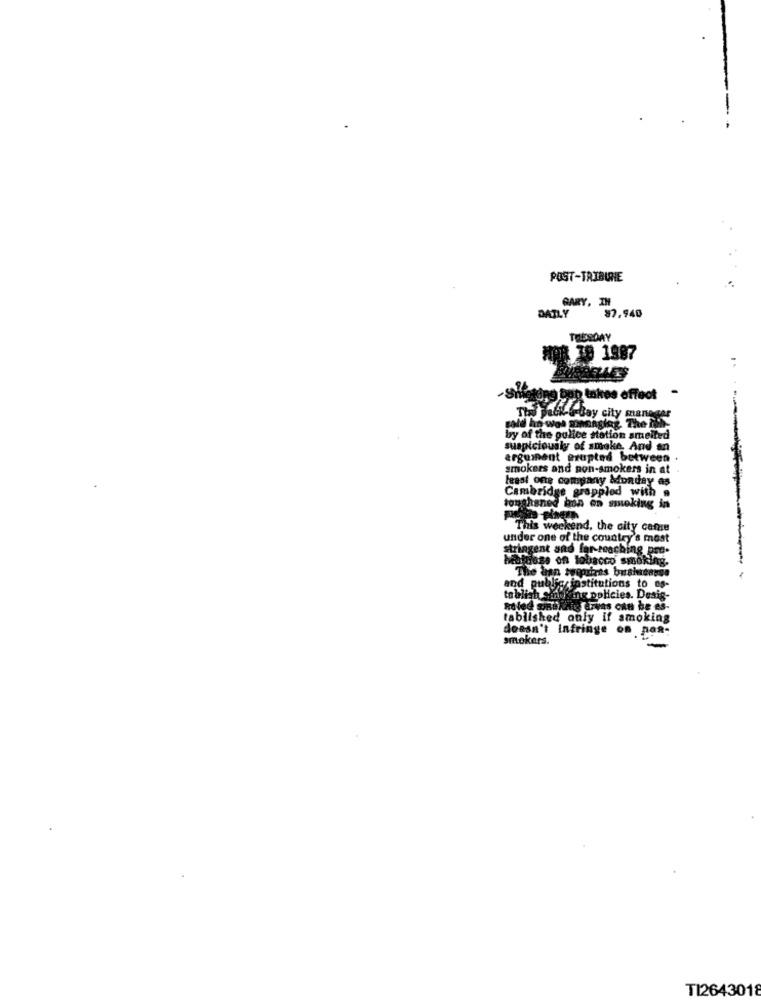
POST-TRIBUNE
GARY, IH
DAILY
$7.940
THESDAY
MAR 19 1887
hetdag bon takes effect
The Badil-e-Bay city manager
tale ho woa gononging. The Muf.
by of the police station amelted
suspiciously of smoke And an
argument erupted between .
smokers and non-smokers in at
least one company Monday as
Cambridge grappled with a
tonghaned bon on smoking in
This weekend, the city cafe
under one of the country's most
stringent and far-reaching pro-
Mattiass on tobacco smoking.
The dan requires bushcausa
and public institutions to os-
tablish Smoking policies. Desig-
Raled gable
ing arvas can be es-
tablished only if smoking
doesn't infringe os pos-
smokers.
-
TI2643018